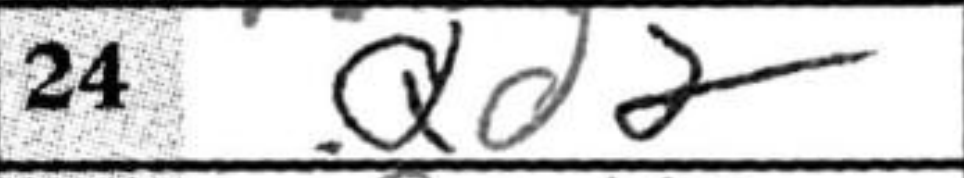
Transcription: Qd2